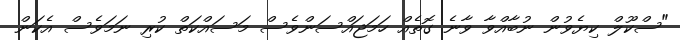
"ސްކޫލް ކިޔެވުން ނުބާއްވާ ވާނެ ގޮތެއް ހަމަޖައްސަންވެސް މަސައްކަތް ކުރި ނަމަވެސް އެކަން